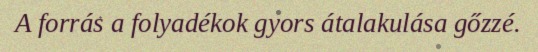
A forrás a folyadékok gyors átalakulása gőzzé.